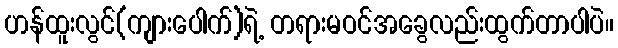
ဟန်ထူးလွင်(ကျားပေါက်)ရဲ့ တရားမဝင်အခွေလည်းထွက်တာပါပဲ။